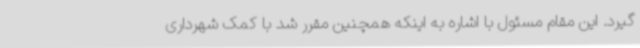
گیرد. این مقام مسئول با اشاره به اینکه همچنین مقرر شد با کمک شهرداری